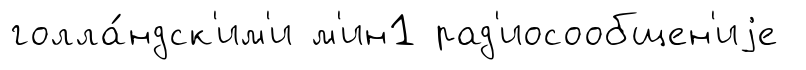
голла́ндск'им'и м'ин1 рад'иосообщен'иjе